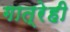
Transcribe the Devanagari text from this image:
गात्रेही